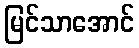
မြင်သာအောင်